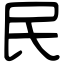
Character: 民